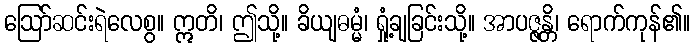
ဩော်ဆင်းရဲလေစွ။ ဣတိ၊ ဤသို့။ ခိယျဓမ္မံ၊ ရှုံ့ချခြင်းသို့။ အာပဇ္ဇန္တိ၊ ရောက်ကုန်၏။